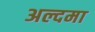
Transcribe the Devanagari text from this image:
अल्दमा